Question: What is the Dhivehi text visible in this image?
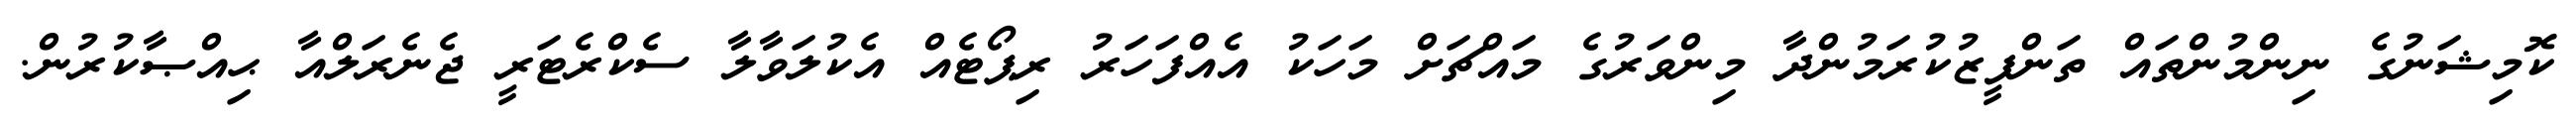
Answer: ކޮމިޝަނުގެ ނިންމުންތައް ތަންފީޒުކުރަމުންދާ މިންވަރުގެ މައްޗަށް މަހަކު އެއްފަހަރު ރިޕޯޓެއް އެކުލަވާލާ ސެކްރެޓަރީ ޖެނެރަލްއާ ޙިއްޞާކުރުން.